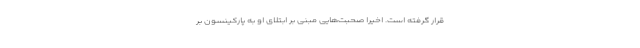
قرار گرفته است. اخیراً صحبت‌هایی مبنی بر ابتلای او به پارکینسون بر